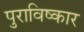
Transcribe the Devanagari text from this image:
पुराविष्कार